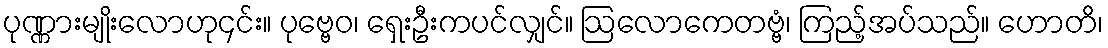
ပုဏ္ဏားမျိုးလောဟု၄င်း။ ပုဗ္ဗေဝ၊ ရှေးဦးကပင်လျှင်။ ဩလောကေတဗ္ဗံ၊ ကြည့်အပ်သည်။ ဟောတိ၊